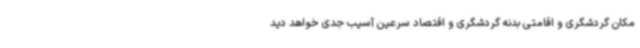
مکان گردشگری و اقامتی بدنه گردشگری و اقتصاد سرعین آسیب جدی خواهد دید